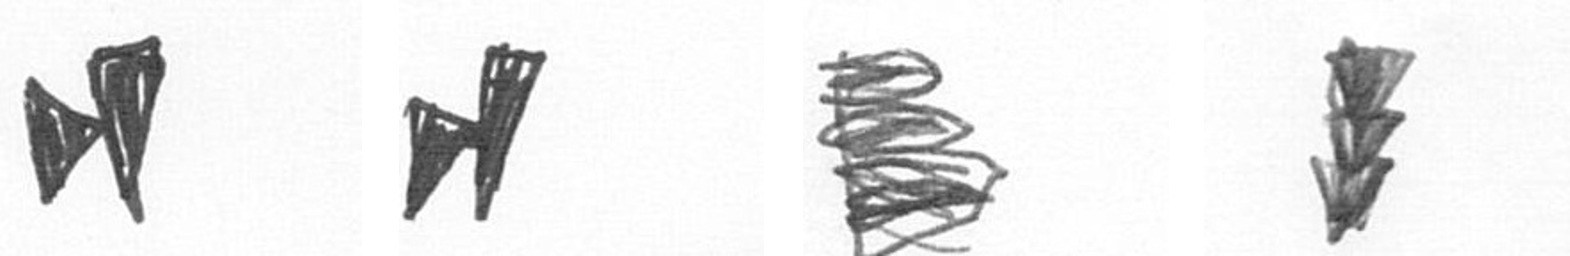
M M H E